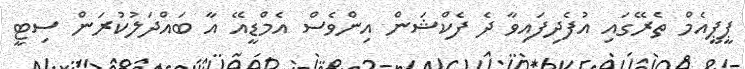
ޕީޕީއެމް ތެރޭގައި އުފެދިފައިވާ ދެ ފެކްޝަން އިންވެސް އެމްޑީއޭ އާ ބައްދަލުކުރަން ސިޓީ